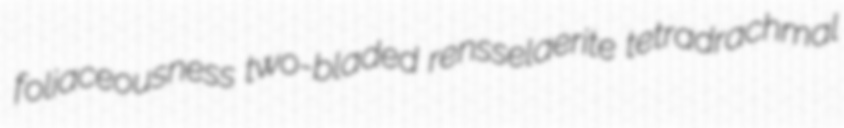
foliaceousness two-bladed rensselaerite tetradrachmal